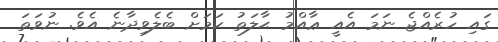
ގައި ހުރެއްޖެ ނަމަ އެއީ ޢާއްމު ޙާލަތު ކަމަށް ބެލެވިދާނެ އެވެ. ނުވަތަ